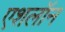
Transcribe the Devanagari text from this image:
एशलॉन